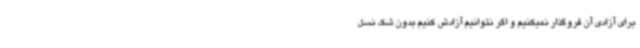
برای آزادی آن فروگذار نمیکنیم و اگر نتوانیم آزادش کنیم بدون شک نسل